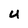
Character: U